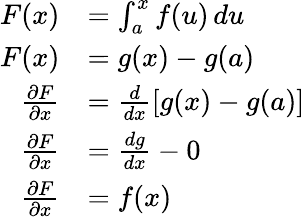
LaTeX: \begin{array}{rl}{F(x)}&{=\int_{a}^{x}f(u)\, du}\\ {F(x)}&{=g(x)-g(a)}\\ {\frac{\partial F}{\partial x}}&{=\frac{d}{dx}\left[g(x)-g(a)\right]}\\ {\frac{\partial F}{\partial x}}&{=\frac{dg}{dx}-0}\\ {\frac{\partial F}{\partial x}}&{=f(x)}\end{array}